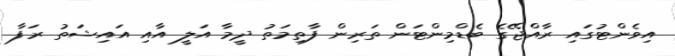
އިވެންޓުގައި ރާއްޖޭގެ ބެޑްމިންޓަން ތަރިން ފާތިމަތު ދީމާ އަލީ އާއި އައިޝަތު ރަފާ